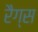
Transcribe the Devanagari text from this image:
रैग्स